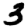
Digit: 3